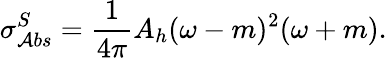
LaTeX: \sigma_{\mathcal{A}bs}^{S}=\frac{{1}}{{4\pi}}A_{h}(\omega-m)^{2}(\omega+m).